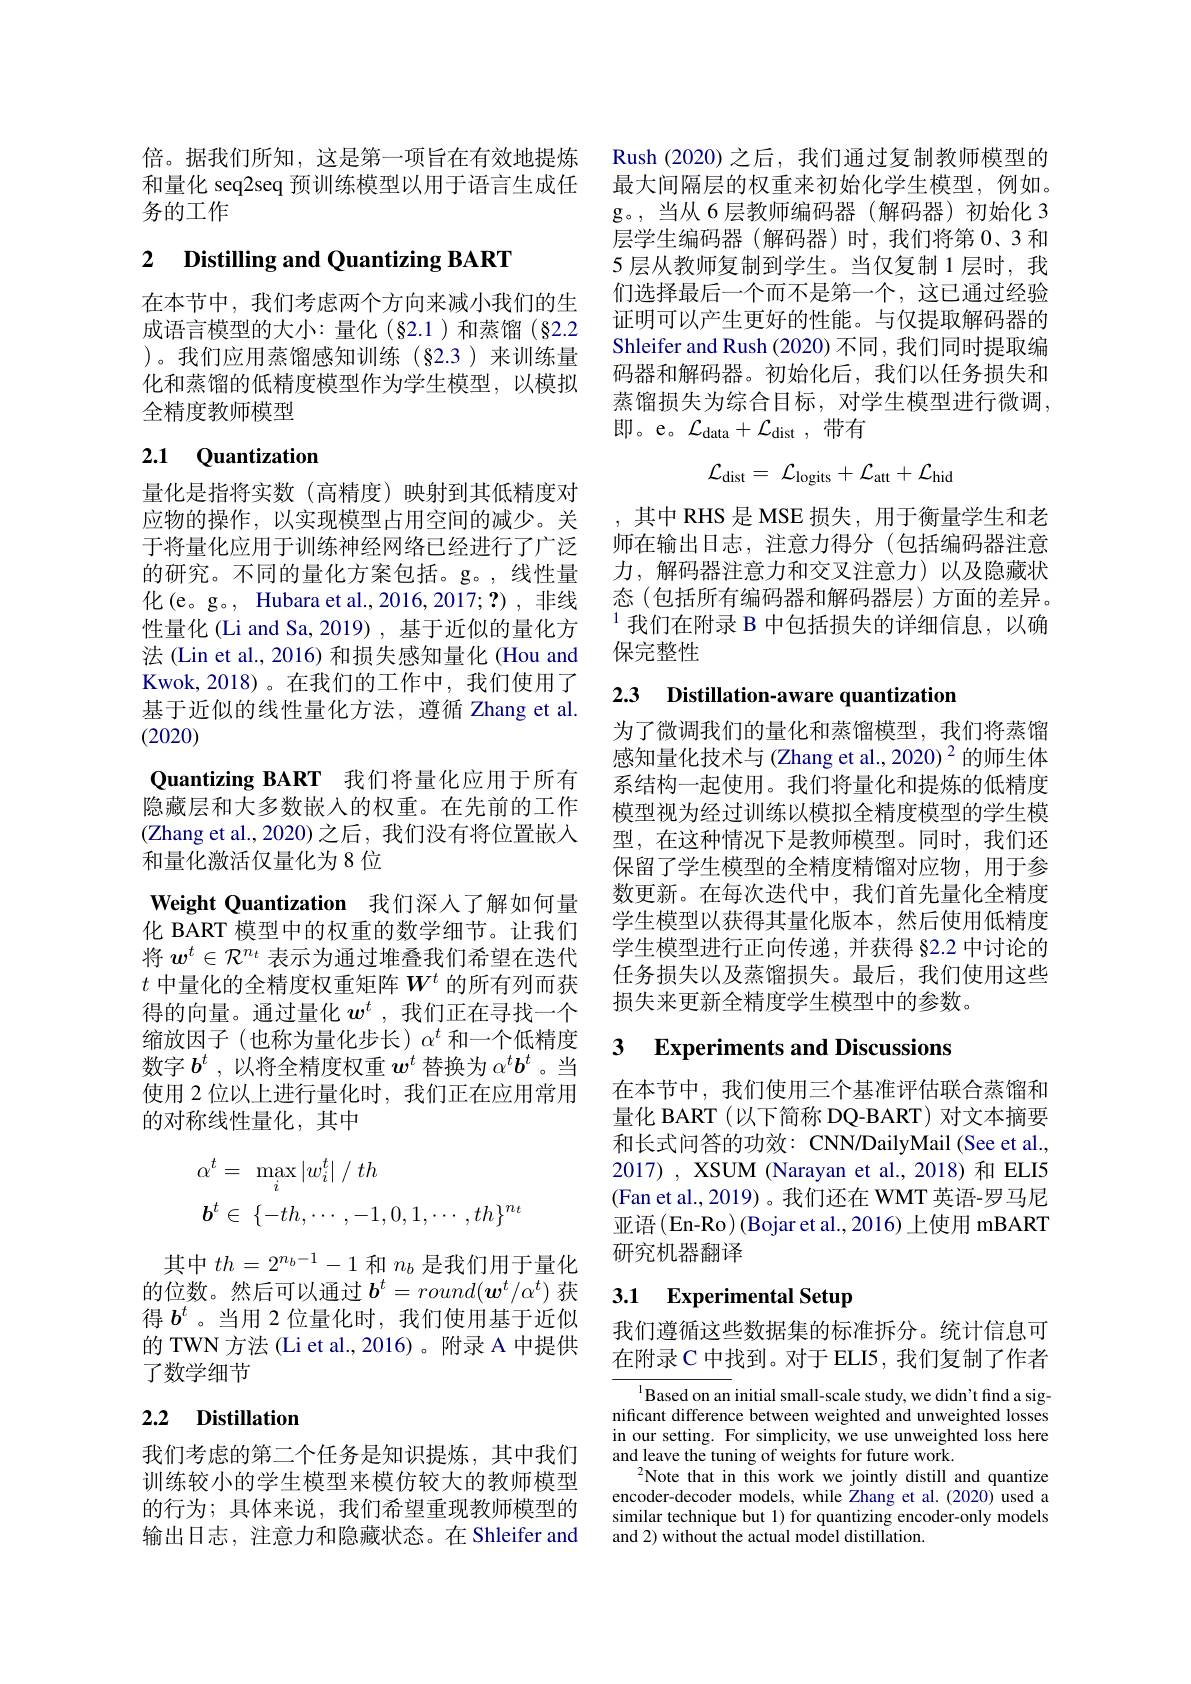
倍。据我们所知，这是第一项旨在有效地提炼和量化 seq2seq 预训练模型以用于语言生成任务的工作

# 2 Distilling and Quantizing BART

在本节中，我们考虑两个方向来减小我们的生成语言模型的大小：量化(§2.1)和蒸馏(§2.2 )。我们应用蒸馏感知训练(§2.3)来训练量化和蒸馏的低精度模型作为学生模型，以模拟全精度教师模型

# 2.1 Quantization

量化是指将实数(高精度)映射到其低精度对应物的操作，以实现模型占用空间的减少。关于将量化应用于训练神经网络已经进行了广泛的研究。不同的量化方案包括。g。,线性量化(e。g。, Hubara et al.,2016,2017;?),非线性量化 (Li and Sa,2019) ,基于近似的量化方法 (Lin et al., 2016) 和损失感知量化 (Hou and Kwok,2018)。在我们的工作中，我们使用了基于近似的线性量化方法，遵循 Zhang et al. (2020)
Quantizing BART 我们将量化应用于所有隐藏层和大多数嵌入的权重。在先前的工作(Zhang et al.,2020)之后，我们没有将位置嵌入和量化激活仅量化为8位
Weight Quantization 我们深人了解如何量化 BART 模型中的权重的数学细节。让我们将$w^t\in\mathcal{R}^{n_t}$表示为通过堆叠我们希望在迭代$t$中量化的全精度权重矩阵$W^t$的所有列而获得的向量。通过量化$w^t$ ,我们正在寻找一个缩放因子(也称为量化步长)$\alpha^t$和一个低精度数字$b^t$ ,以将全精度权重$w^t$替换为$\alpha^tb^t$ 。当使用 2 位以上进行量化时，我们正在应用常用的对称线性量化，其中
$$\begin{aligned}\alpha^t&=\:\max_i|w_i^t|\:/\:th\\\boldsymbol{b}^t&\in\:\{-th,\cdots,-1,0,1,\cdots,th\}^{n_t}\end{aligned}$$
其中$th=2^{n_b-1}-1$和$n_b$是我们用于量化的位数。然后可以通过$\boldsymbol{b}^t=round(\boldsymbol{w}^t/\alpha^t)$获得$b^t$ 。当用 2 位量化时，我们使用基于近似的 TWN 方法 (Li et al.,2016)。附录 A 中提供了数学细节

## 2.2 Distillation

我们考虑的第二个任务是知识提炼，其中我们训练较小的学生模型来模仿较大的教师模型的行为；具体来说，我们希望重现教师模型的输出日志，注意力和隐藏状态。在 Shleifer and

Rush (2020) 之后，我们通过复制教师模型的最大间隔层的权重来初始化学生模型，例如。g。,当从 6层教师编码器(解码器)初始化 3层学生编码器(解码器)时，我们将第 0、3 和5 层从教师复制到学生。当仅复制 1 层时，我们选择最后一个而不是第一个，这已通过经验证明可以产生更好的性能。与仅提取解码器的Shleifer and Rush (2020) 不同 , 我们同时提取编码器和解码器。初始化后，我们以任务损失和蒸馏损失为综合目标，对学生模型进行微调， 即。e。$\mathcal{L}_\mathrm{data}+\mathcal{L}_\mathrm{dist}$,带有
$$\mathcal{L}_\mathrm{dist}=\:\mathcal{L}_\mathrm{logits}+\mathcal{L}_\mathrm{att}+\mathcal{L}_\mathrm{hid}$$
,其中 RHS 是 MSE 损失，用于衡量学生和老师在输出日志，注意力得分(包括编码器注意力，解码器注意力和交叉注意力)以及隐藏状态(包括所有编码器和解码器层)方面的差异。$^{1}$我们在附录 B 中包括损失的详细信息，以确保完整性

2.3 Distillation-aware quantization

为了微调我们的量化和蒸馏模型，我们将蒸馏感知量化技术与 (Zhang et al., 2020) 2 的师生体系结构一起使用。我们将量化和提炼的低精度模型视为经过训练以模拟全精度模型的学生模型，在这种情况下是教师模型。同时，我们还保留了学生模型的全精度精馏对应物，用于参数更新。在每次迭代中，我们首先量化全精度学生模型以获得其量化版本，然后使用低精度学生模型进行正向传递，并获得 §2.2 中讨论的任务损失以及蒸馏损失。最后，我们使用这些损失来更新全精度学生模型中的参数。

## 3 Experiments and Discussions

在本节中，我们使用三个基准评估联合蒸馏和量化 BART (以下简称 DQ-BART) 对文本摘要和长式问答的功效：CNN/DailyMail (See et al., 2017) , XSUM (Narayan et al., 2018) 和 ELI5 (Fan et al.,2019)。我们还在 WMT 英语-罗马尼亚语(En-Ro)(Bojar et al., 2016) 上使用 mBART 研究机器翻译

# 3.1 Experimental Setup

我们遵循这些数据集的标准拆分。统计信息可在附录 C 中找到。对于 ELI5 , 我们复制了作者

$^{1}$Based on an initial small-scale study, we didn't find a significant difference between weighted and unweighted losses in our setting. For simplicity, we use unweighted loss here and leave the tuning of weights for future work.
$^{2}$Note that in this work we jointly distill and quantize encoder-decoder models, while Zhang et al.(2020) used a similar technique but 1) for quantizing encoder-only models and 2) without the actual model distillation.